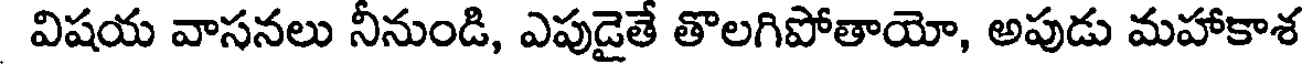
విషయ వాసనలు నీనుండి, ఎపుడైతే తొలగిపోతాయో, అపుడు మహాకాశ